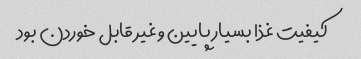
کیفیت غذا بسیار پایین و غیر قابل خوردن بود